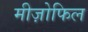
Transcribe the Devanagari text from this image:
मीज़ोफिल